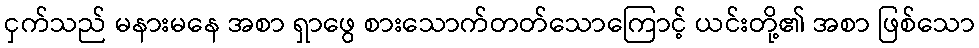
ငှက်သည် မနားမနေ အစာ ရှာဖွေ စားသောက်တတ်သောကြောင့် ယင်းတို့၏ အစာ ဖြစ်သော